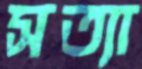
সত্যা